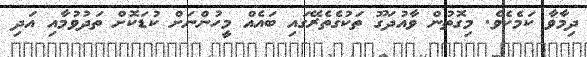
ދިމާވާ ކަމެކެވެ. މިގޮތުން ވާއުދަގޫ ތަކުގެތެރޭގައި ބައެއް މީހުންނަށް ކުޑަކޮށް ތަދުވުމާއި އަދި